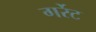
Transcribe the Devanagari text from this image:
गर्रेट